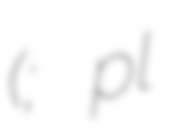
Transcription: (; pl